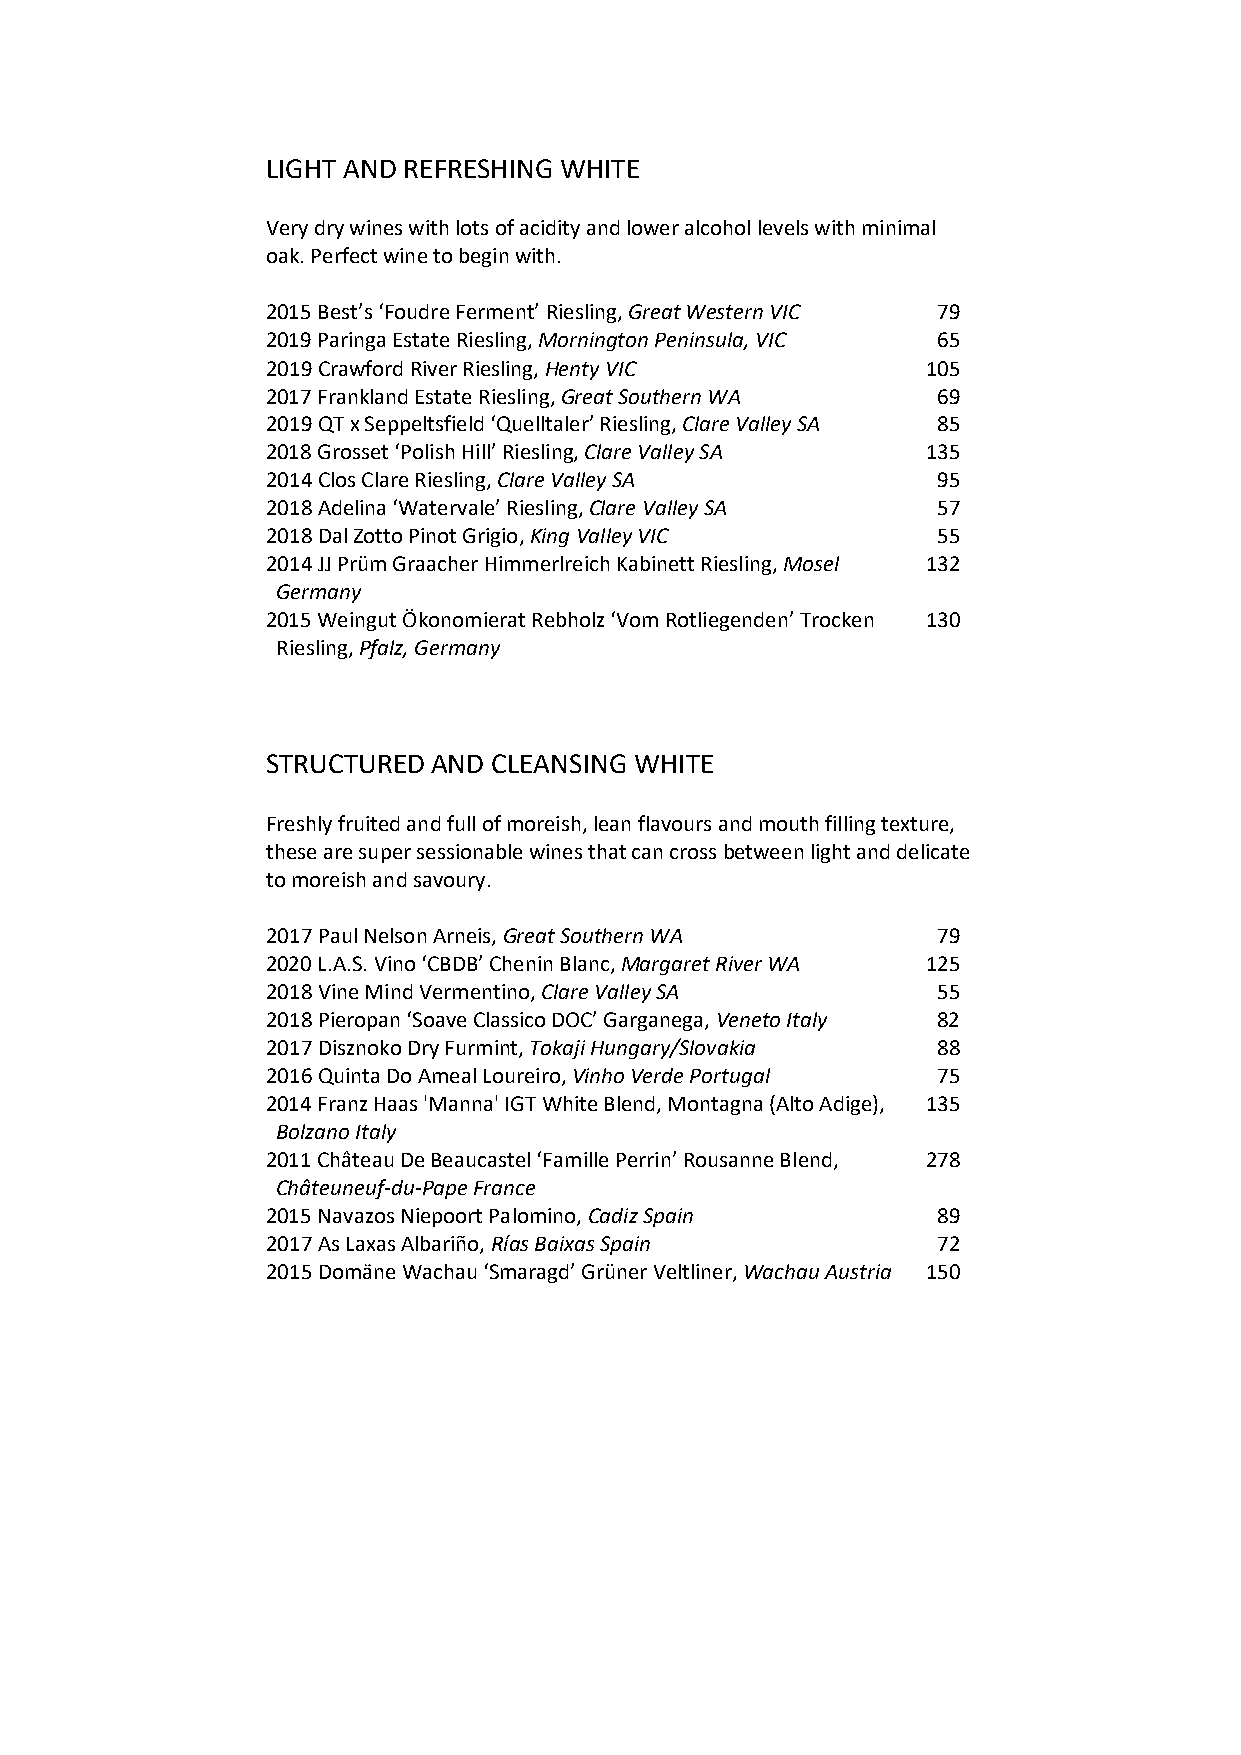
LIGHT AND REFRESHING WHITE
 Very dry wines with lots of acidity and lower alcohol levels with minimal
 oak. Perfect wine to begin with.
 2015 Best’s ‘Foudre Ferment’ Riesling, Great Western VIC 79
 2019 Paringa Estate Riesling, Mornington Peninsula, VIC 65
 2019 Crawford River Riesling, Henty VIC    105
 2017 Frankland Estate Riesling, Great Southern WA 69
 2019 QT x Seppeltsfield ‘Quelltaler’ Riesling, Clare Valley SA 85
 2018 Grosset ‘Polish Hill’ Riesling, Clare Valley SA 135
 2014 Clos Clare Riesling, Clare Valley SA   95
 2018 Adelina ‘Watervale’ Riesling, Clare Valley SA 57
 2018 Dal Zotto Pinot Grigio, King Valley VIC 55
 2014 JJ Prüm Graacher Himmerlreich Kabinett Riesling, Mosel 132
 Germany
 2015 Weingut Ökonomierat Rebholz ‘Vom Rotliegenden’ Trocken 130
 Riesling, Pfalz, Germany
 STRUCTURED AND CLEANSING WHITE
 Freshly fruited and full of moreish, lean flavours and mouth filling texture,
 these are super sessionable wines that can cross between light and delicate
 to moreish and savoury.
 2017 Paul Nelson Arneis, Great Southern WA  79
 2020 L.A.S. Vino ‘CBDB’ Chenin Blanc, Margaret River WA 125
 2018 Vine Mind Vermentino, Clare Valley SA  55
 2018 Pieropan ‘Soave Classico DOC’ Garganega, Veneto Italy 82
 2017 Disznoko Dry Furmint, Tokaji Hungary/Slovakia 88
 2016 Quinta Do Ameal Loureiro, Vinho Verde Portugal 75
 2014 Franz Haas 'Manna' IGT White Blend, Montagna (Alto Adige), 135
 Bolzano Italy
 2011 Château De Beaucastel ‘Famille Perrin’ Rousanne Blend, 278
 Châteuneuf-du-Pape France
 2015 Navazos Niepoort Palomino, Cadiz Spain 89
 2017 As Laxas Albariño, Rías Baixas Spain   72
 2015 Domäne Wachau ‘Smaragd’ Grüner Veltliner, Wachau Austria 150